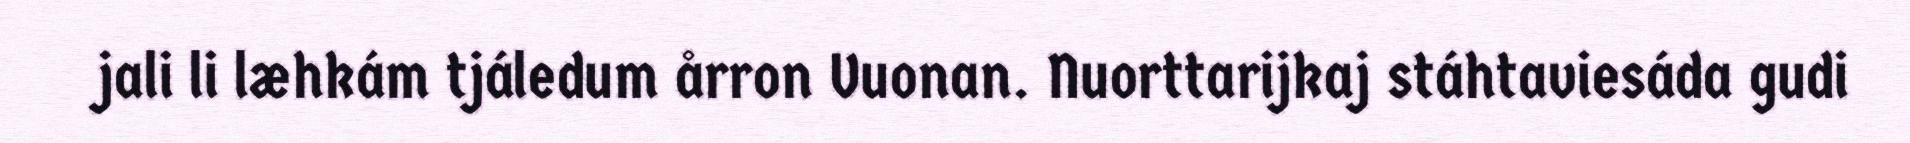
jali li læhkám tjáledum årron Vuonan. Nuorttarijkaj stáhtaviesáda gudi